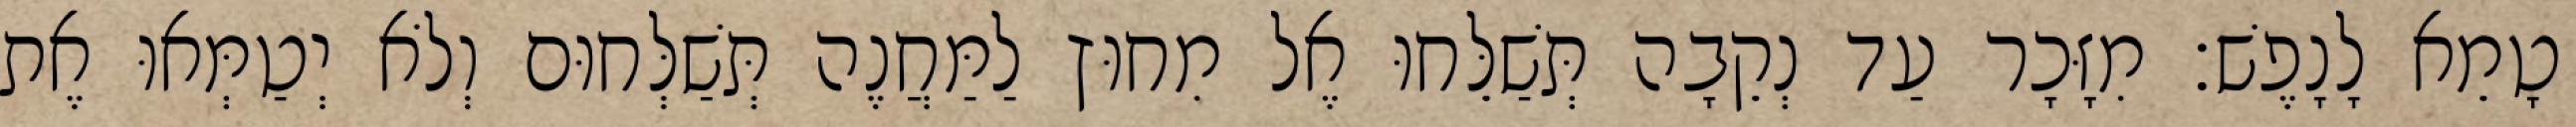
טָמֵא לָנָפֶשׁ׃ מִזָּכָר עַד נְקֵבָה תְּשַׁלֵּחוּ אֶל מִחוּץ לַמַּחֲנֶה תְּשַׁלְּחוּם וְלֹא יְטַמְּאוּ אֶת